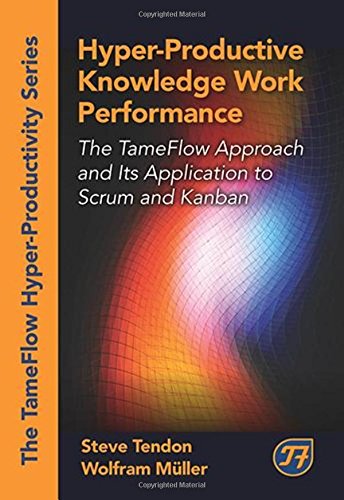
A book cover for Hyper-Productive Knowledge Work Performance: The TameFlow Approach and Its Application to Scrum and Kanban (The Tameflow Hyper-Productivity); Steve Tendon; Business & Money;